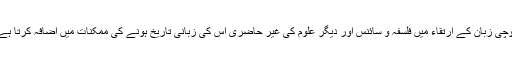
بلوچی زبان کے ارتقاء میں فلسفہ و سائنس اور دیگر علوم کی غیر حاضری اس کی زبانی تاریخ ہونے کی ممکنات میں اضافہ کرتا ہے ۔